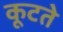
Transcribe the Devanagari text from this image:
कूटते